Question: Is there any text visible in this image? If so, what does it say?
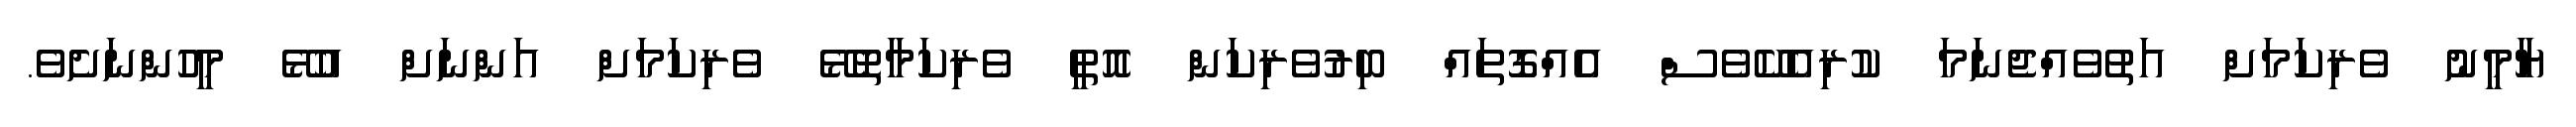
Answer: ޔާމީނު ވެރިކަމަށް އަތުވެއްޖެނަމަ ކުރިއެކޭވެސް އެއްގޮތައް ބިރުވެރިކަން އޮތީ ވެރިކަމާތޮޅޭ ވެރިކަމަށް އަންނަށް އުޅޭ މީހުންނަށެވެ.